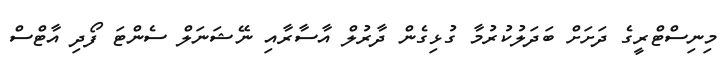
މިނިސްޓްރީގެ ދަށަށް ބަދަލުކުރުމާ ގުޅިގެން ދާރުލް އާސާރާއި ނޭޝަނަލް ސެންޓަ ފޯދި އާޓްސް